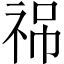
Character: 𥙙